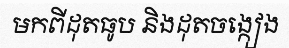
មកពីដុតធូប និងដុតចង្កៀង